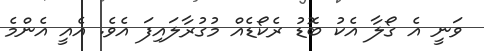
ވަނީ އެ ގޯލާ އެކު ބޮޑު ރެކޯޑެއް މުގުރާލައިފަ އެވެ. އެއީ އެންމެ